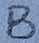
Text: B